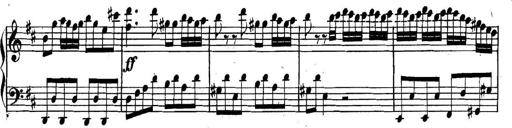
Title: Collected Piano Sonatas
Composer: Muzio Clementi